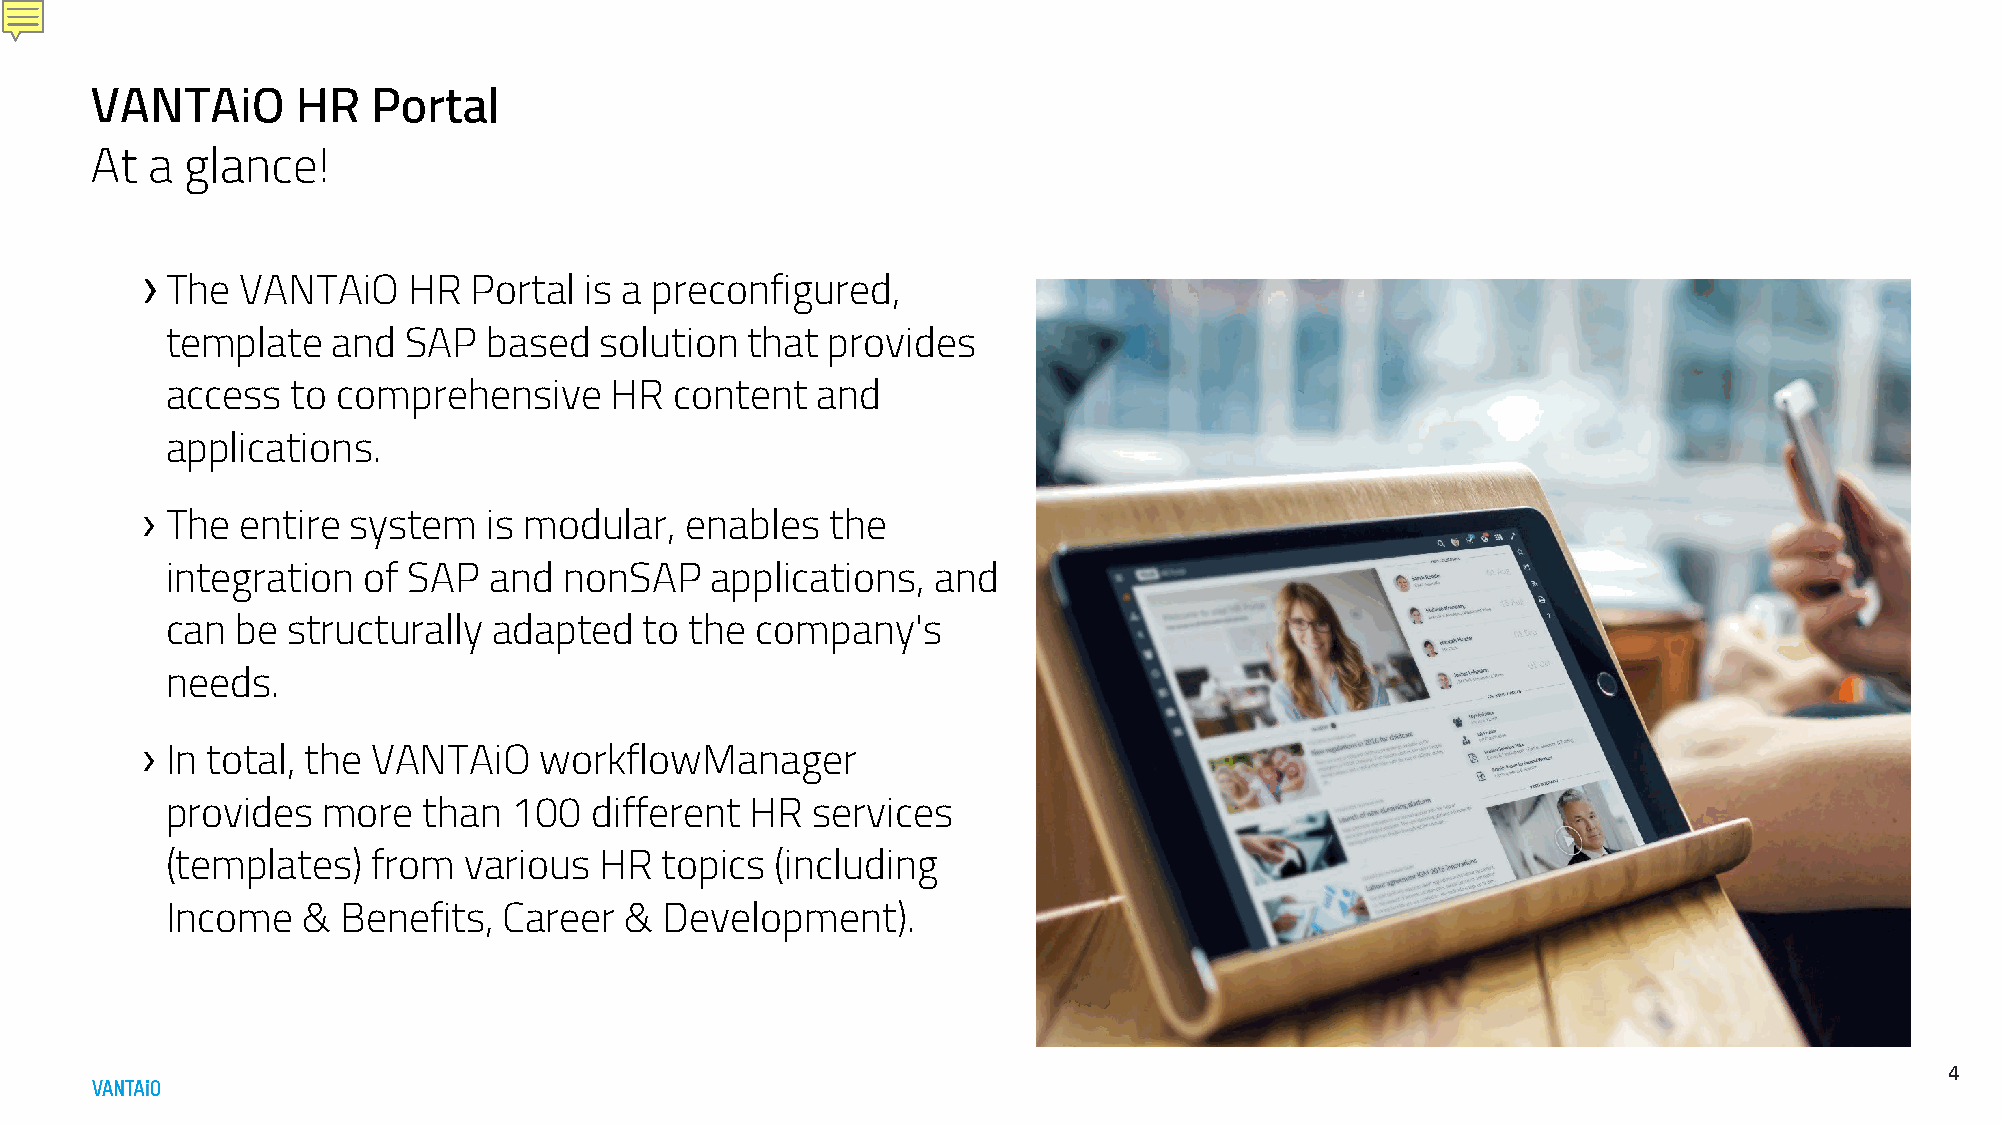
VANTAiO       HR   Portal
 At  a glance!
 ›
 The  VANTAiO    HR  Portal  is a preconfigured,
 template   and  SAP  based   solution that  provides
 access  to comprehensive     HR   content  and
 applications.
 ›
 The  entire system   is modular,  enables   the
 integration  of SAP  and  nonSAP    applications,  and
 can  be structurally  adapted   to the company's
 needs.
 ›
 In total, the VANTAiO    workflowManager
 provides  more   than  100  different  HR  services
 (templates)   from  various  HR  topics (including
 Income   &  Benefits, Career  &  Development).
 4